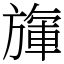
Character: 㫎